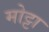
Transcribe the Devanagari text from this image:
मोट्टा